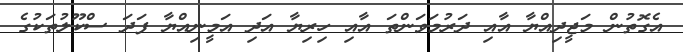
އެގޮތުން މަޖީދިއްޔާ އާއި ދަރުމަވަންތަ އާއި ހިރިޔާ އަދި އަމީނިއްޔާ ފަދަ ސްކޫލުތަކުގެ